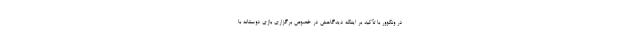
در ونکوور با تأکید بر اینکه دیدگاهش در خصوص برگزاری بازی دوستانه با